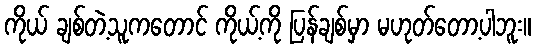
ကိုယ် ချစ်တဲ့သူကတောင် ကိုယ့်ကို ပြန်ချစ်မှာ မဟုတ်တော့ပါဘူး။